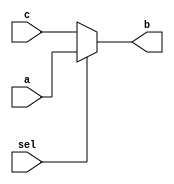
module mux_behavioral(input a, input c, input sel, output reg b);
  always @(sel,a,c)
     if (sel == 1)
         b = a;
      else
          b = c;
endmodule